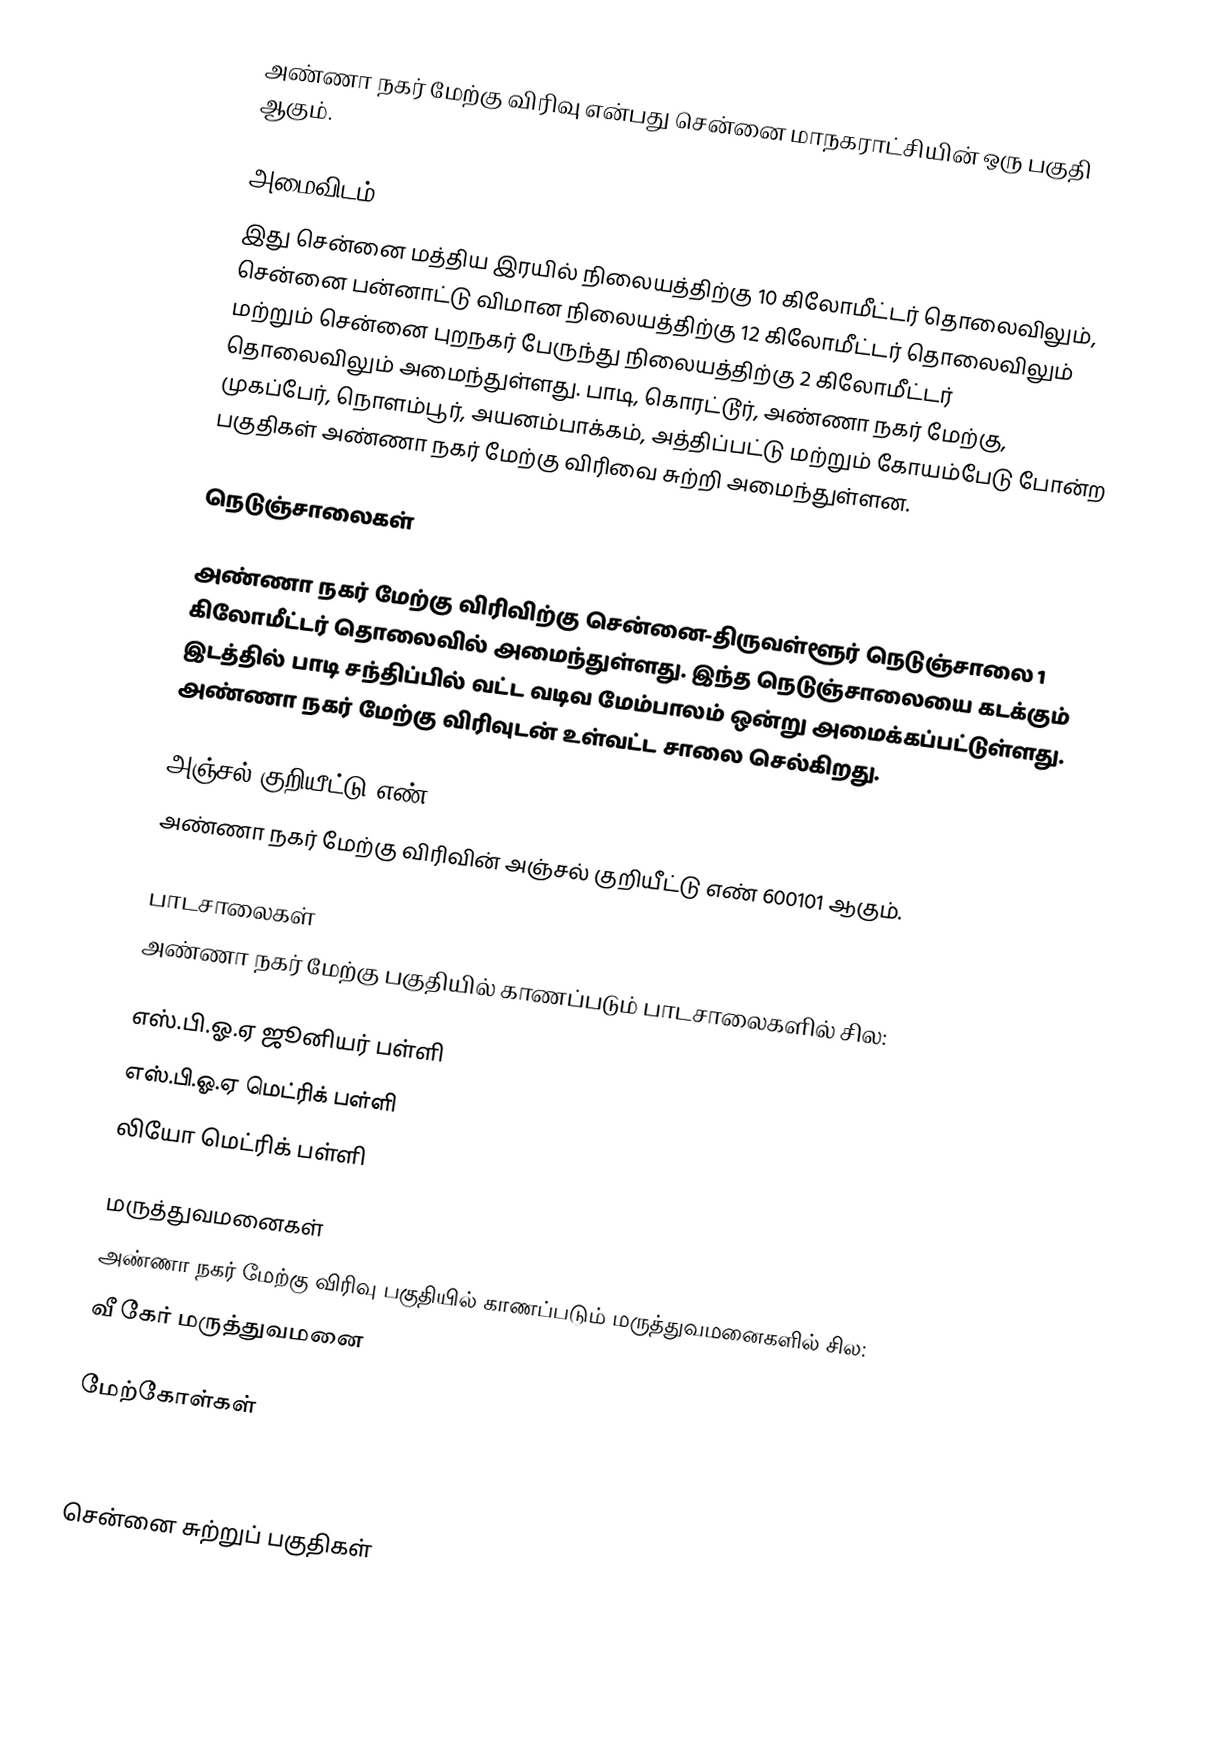
அண்ணா நகர் மேற்கு விரிவு என்பது சென்னை மாநகராட்சியின் ஒரு பகுதி ஆகும்.

அமைவிடம்
இது சென்னை மத்திய இரயில் நிலையத்திற்கு 10 கிலோமீட்டர் தொலைவிலும், சென்னை பன்னாட்டு விமான நிலையத்திற்கு 12 கிலோமீட்டர் தொலைவிலும் மற்றும் சென்னை புறநகர் பேருந்து நிலையத்திற்கு 2 கிலோமீட்டர் தொலைவிலும் அமைந்துள்ளது. பாடி, கொரட்டூர், அண்ணா நகர் மேற்கு, முகப்பேர், நொளம்பூர், அயனம்பாக்கம், அத்திப்பட்டு மற்றும் கோயம்பேடு போன்ற பகுதிகள் அண்ணா நகர் மேற்கு விரிவை சுற்றி அமைந்துள்ளன.

நெடுஞ்சாலைகள்

அண்ணா நகர் மேற்கு விரிவிற்கு சென்னை-திருவள்ளூர் நெடுஞ்சாலை 1 கிலோமீட்டர் தொலைவில் அமைந்துள்ளது. இந்த நெடுஞ்சாலையை கடக்கும் இடத்தில் பாடி சந்திப்பில் வட்ட வடிவ மேம்பாலம் ஒன்று அமைக்கப்பட்டுள்ளது. அண்ணா நகர் மேற்கு விரிவுடன் உள்வட்ட சாலை செல்கிறது.

அஞ்சல் குறியீட்டு எண்
அண்ணா நகர் மேற்கு விரிவின் அஞ்சல் குறியீட்டு எண் 600101 ஆகும்.

பாடசாலைகள்
அண்ணா நகர் மேற்கு பகுதியில் காணப்படும் பாடசாலைகளில் சில:

 எஸ்.பி.ஓ.ஏ ஜூனியர் பள்ளி
 எஸ்.பி.ஓ.ஏ மெட்ரிக் பள்ளி
 லியோ மெட்ரிக் பள்ளி

மருத்துவமனைகள்
அண்ணா நகர் மேற்கு விரிவு பகுதியில் காணப்படும் மருத்துவமனைகளில் சில:
 வீ கேர் மருத்துவமனை

மேற்கோள்கள்



சென்னை சுற்றுப் பகுதிகள்